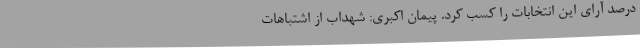
درصد آرای این انتخابات را کسب کرد. پیمان اکبری: شهداب از اشتباهات